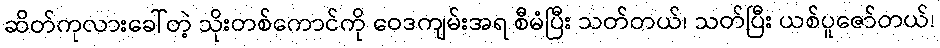
ဆိတ်ကုလားခေါ်တဲ့ သိုးတစ်ကောင်ကို ဝေဒကျမ်းအရ စီမံပြီး သတ်တယ်၊ သတ်ပြီး ယစ်ပူဇော်တယ်၊